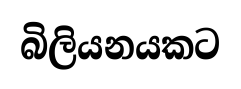
බිලියනයකට